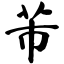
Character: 芾